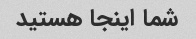
شما اینجا هستید